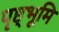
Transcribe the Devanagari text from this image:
पृष्ठ्भूमि